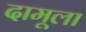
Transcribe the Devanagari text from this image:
दामूला